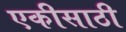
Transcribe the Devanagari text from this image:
एकीसाठी